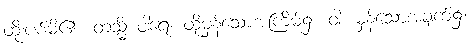
ထိုးပစ်မိ၏။ တသ္မိံ ဝါရေ၊ ထိုမှန်သောအကြိမ်၌။ ဝါ၊ မှန်သောအချက်၌။